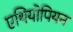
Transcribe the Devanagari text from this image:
एथियोपियन